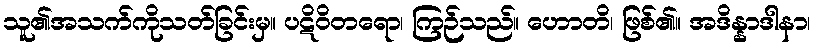
သူ၏အသက်ကိုသတ်ခြင်းမှ။ ပဋိဝိတရော၊ ကြဉ်သည်။ ဟောတိ၊ ဖြစ်၏။ အဒိန္နာဒါနာ၊